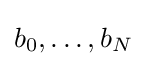
{\textstyle b_{0},\ldots ,b_{N}}